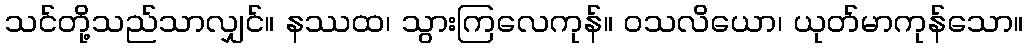
သင်တို့သည်သာလျှင်။ နဿထ၊ သွားကြလေကုန်။ ဝသလိယော၊ ယုတ်မာကုန်သော။